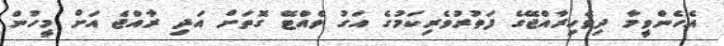
އެހެންވީމާ ދިވެހިރާއްޖޭގެ ފަތުރުވެރިކަމުގެ އަގު ވެއްޓޭ ގޮތަށް އަދި ރާއްޖެ އަށް މީހުން